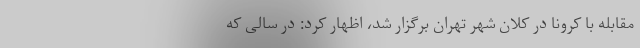
مقابله با کرونا در کلان شهر تهران برگزار شد، اظهار کرد: در سالی که